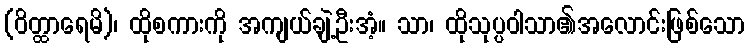
(ဝိတ္ထာရေမိ)၊ ထိုစကားကို အကျယ်ချဲ့ဦးအံ့။ သာ၊ ထိုသုပ္ပဝါသာ၏အလောင်းဖြစ်သော